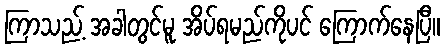
ကြာသည့် အခါတွင်မူ အိပ်ရမည်ကိုပင် ကြောက်နေပြီ။